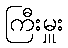
ကြီးမှူး